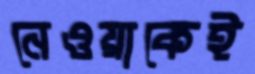
নেওয়াকেই